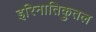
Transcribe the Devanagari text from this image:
इरिनातिकुतल